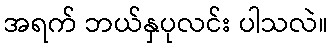
အရက် ဘယ်နှပုလင်း ပါသလဲ။